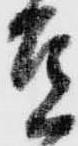
豆